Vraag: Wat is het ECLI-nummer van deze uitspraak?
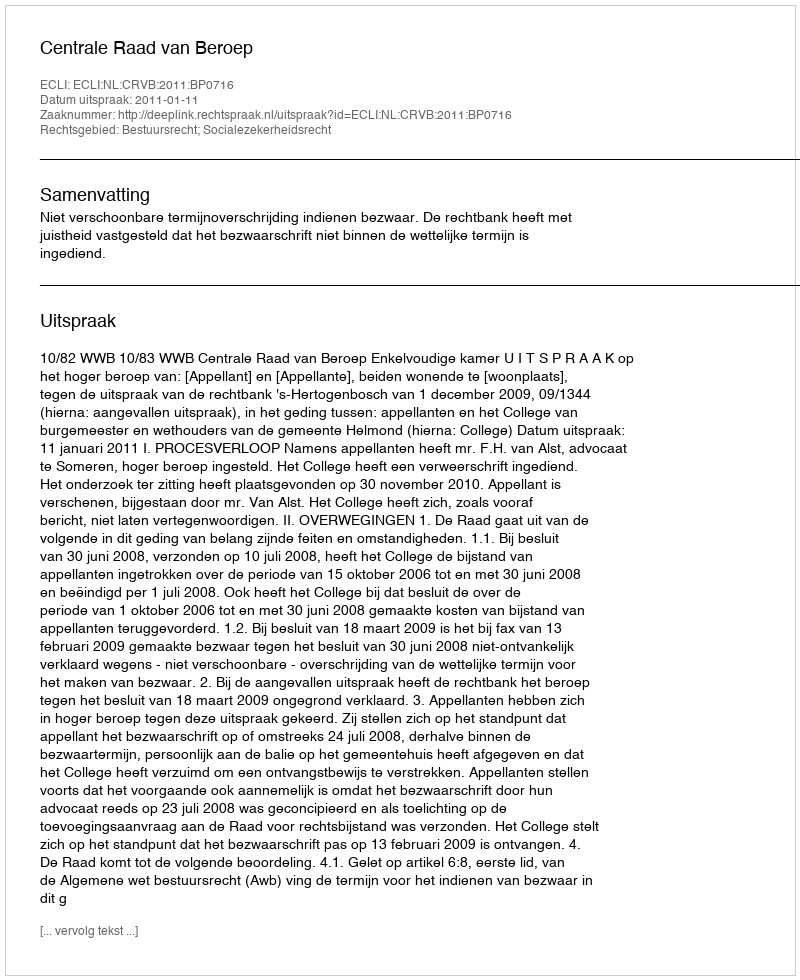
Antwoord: ECLI:NL:CRVB:2011:BP0716